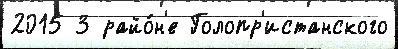
2015 3 райо́н'е Голопр'истанского